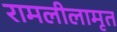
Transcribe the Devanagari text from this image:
रामलीलामृत